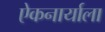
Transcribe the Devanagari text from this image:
एेकनार्याला